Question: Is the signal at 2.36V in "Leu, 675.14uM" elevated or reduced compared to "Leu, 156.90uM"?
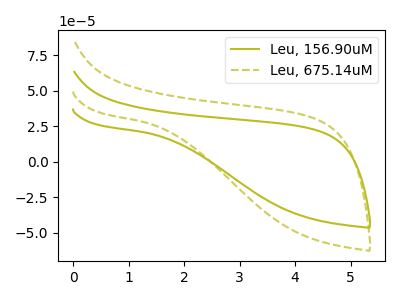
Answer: <think>The olive curve "Leu, 156.90uM" has no peaks. The olive dashed curve "Leu, 675.14uM" has no peaks.</think>
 <answer>"Leu, 675.14uM" and "Leu, 156.90uM" dont share a peak at 2.36V.</answer>
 <eval>mismatch</eval>